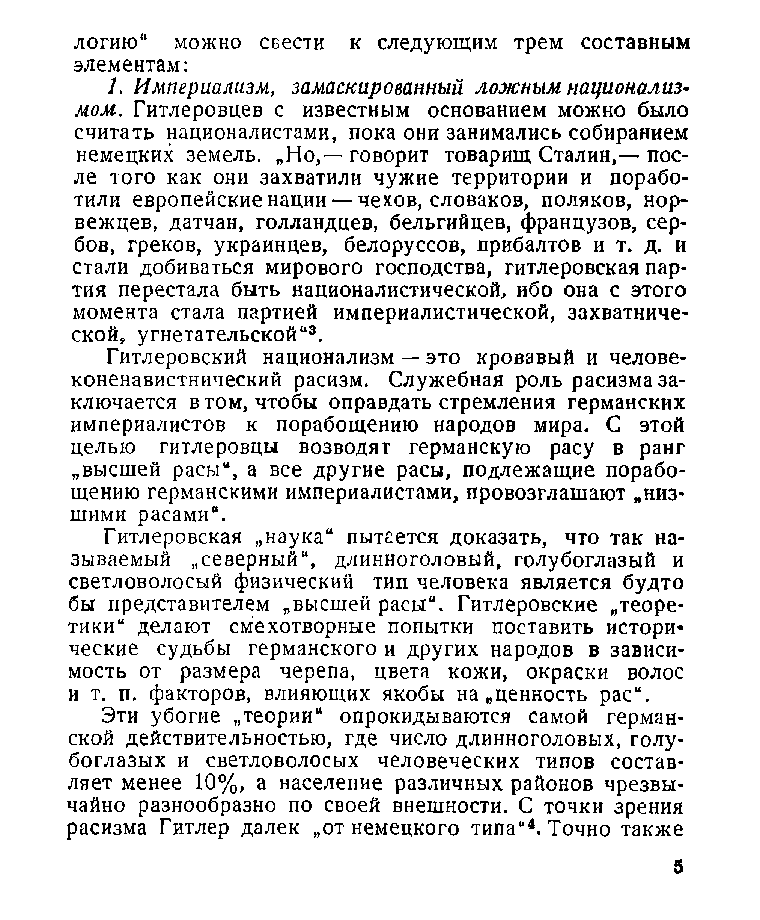
логию“ можно свести к следующим трем составным
 элементам:
 1. Империализм, замаскированный ложным национализ­
 мом. Гитлеровцев с известным основанием можно было
 считать националистами, пока они занимались собиранием
 немецких земель. „Но,— говорит товарищ Сталин,— пос­
 ле того как они захватили чужие территории и порабо­
 тили европейские нации —чехов, словаков, поляков, нор­
 вежцев, датчан, голландцев, бельгийцев, французов, сер­
 бов, греков, украинцев, белоруесов, прибалтов и т. д. и
 стали добиваться мирового господства, гитлеровская пар­
 тия перестала быть националистической, ибо она с этого
 момента стала партией империалистической, захватниче­
 ской, угнетательской“3.
 Гитлеровский национализм — это кровавый и челове­
 коненавистнический расизм. Служебная роль расизма за­
 ключается в том, чтобы оправдать стремления германских
 империалистов к порабощению народов мира. С этой
 целью гитлеровцы возводят германскую расу в ранг
 „высшей расы“, а все другие расы, подлежащие порабо­
 щению германскими империалистами, провозглашают „низ­
 шими расами“.
 Гитлеровская „наука“ пытается доказать, что так на­
 зываемый „северный“, длинноголовый, голубоглазый и
 светловолосый физический тип человека является будто
 бы представителем „высшей расы“. Гитлеровские „теоре­
 тики“ делают смехотворные попытки поставить истори­
 ческие судьбы германского и других народов в зависи­
 мость от размера черепа, цвета кожи, окраски волос
 и т. п. факторов, влияющих якобы на „ценность рас“.
 Эти убогие „теории“ опрокидываются самой герман­
 ской действительностью, где число длинноголовых, голу­
 боглазых и светловолосых человеческих типов состав­
 ляет менее 10%, а население различных районов чрезвы­
 чайно разнообразно по своей внешности. С точки зрения
 расизма Гитлер далек „от немецкого типа“4. Точно также
 5